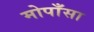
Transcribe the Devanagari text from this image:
मोपाँसा